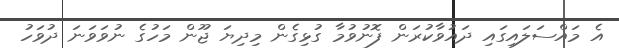
އެ މައްސަލައިގައި ދައުވާކުރަން ފޮނުވުމާ ގުޅިގެން މިދިޔަ ޖޫން މަހުގެ ނުވަވަނަ ދުވަހު